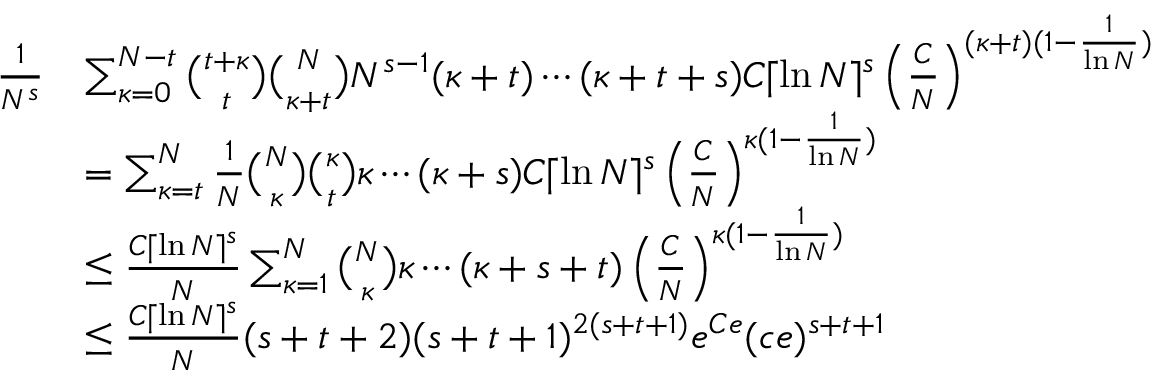
\begin{array} { r l } { \frac { 1 } { N ^ { s } } } & { \sum _ { \kappa = 0 } ^ { N - t } \binom { t + \kappa } { t } \binom { N } { \kappa + t } N ^ { s - 1 } ( \kappa + t ) \cdots ( \kappa + t + s ) C \lceil \ln N \rceil ^ { s } \left( \frac { C } { N } \right) ^ { ( \kappa + t ) ( 1 - \frac { 1 } { \ln N } ) } } \\ & { = \sum _ { \kappa = t } ^ { N } \frac { 1 } { N } \binom { N } { \kappa } \binom { \kappa } { t } \kappa \cdots ( \kappa + s ) C \lceil \ln N \rceil ^ { s } \left( \frac { C } { N } \right) ^ { \kappa ( 1 - \frac { 1 } { \ln N } ) } } \\ & { \leq \frac { C \lceil \ln N \rceil ^ { s } } { N } \sum _ { \kappa = 1 } ^ { N } \binom { N } { \kappa } \kappa \cdots ( \kappa + s + t ) \left( \frac { C } { N } \right) ^ { \kappa ( 1 - \frac { 1 } { \ln N } ) } } \\ & { \leq \frac { C \lceil \ln N \rceil ^ { s } } { N } ( s + t + 2 ) ( s + t + 1 ) ^ { 2 ( s + t + 1 ) } e ^ { C e } ( c e ) ^ { s + t + 1 } } \end{array}